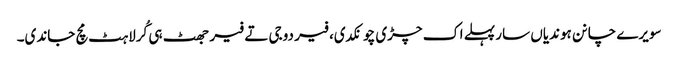
سویرے چانن ہوندیاں سار پہلے اک چڑی چونکدی، فیر دوجی تے فیر جھٹ ہی کُرلاہٹ مچ جاندی۔